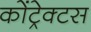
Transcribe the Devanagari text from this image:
कोंट्रेक्टस